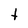
Character: t